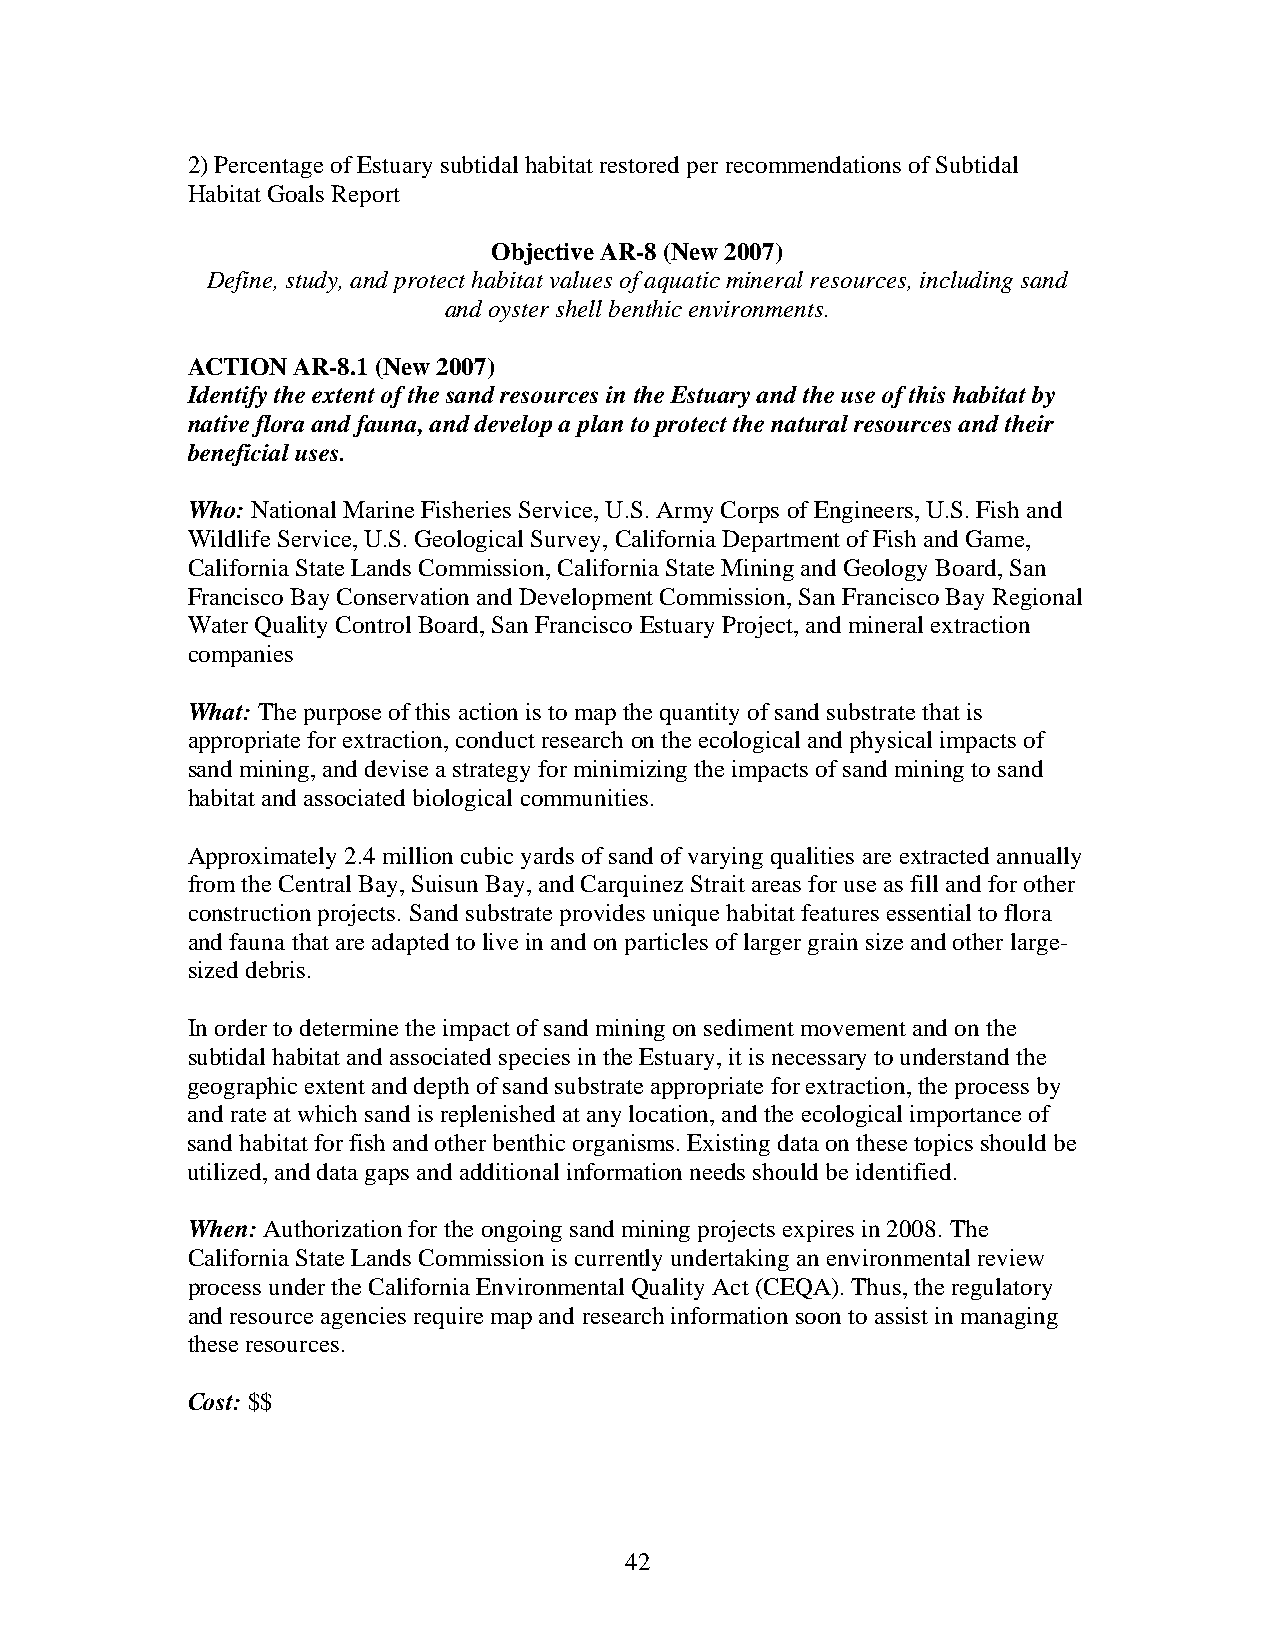
2) Percentage of Estuary subtidal habitat restored per recommendations of Subtidal
 Habitat Goals Report
 Objective AR-8 (New 2007)
 Define, study, and protect habitat values of aquatic mineral resources, including sand
 and oyster shell benthic environments.
 ACTION AR-8.1 (New 2007)
 Identify the extent of the sand resources in the Estuary and the use of this habitat by
 native flora and fauna, and develop a plan to protect the natural resources and their
 beneficial uses.
 Who: National Marine Fisheries Service, U.S. Army Corps of Engineers, U.S. Fish and
 Wildlife Service, U.S. Geological Survey, California Department of Fish and Game,
 California State Lands Commission, California State Mining and Geology Board, San
 Francisco Bay Conservation and Development Commission, San Francisco Bay Regional
 Water Quality Control Board, San Francisco Estuary Project, and mineral extraction
 companies
 What: The purpose of this action is to map the quantity of sand substrate that is
 appropriate for extraction, conduct research on the ecological and physical impacts of
 sand mining, and devise a strategy for minimizing the impacts of sand mining to sand
 habitat and associated biological communities.
 Approximately 2.4 million cubic yards of sand of varying qualities are extracted annually
 from the Central Bay, Suisun Bay, and Carquinez Strait areas for use as fill and for other
 construction projects. Sand substrate provides unique habitat features essential to flora
 and fauna that are adapted to live in and on particles of larger grain size and other large-
 sized debris.
 In order to determine the impact of sand mining on sediment movement and on the
 subtidal habitat and associated species in the Estuary, it is necessary to understand the
 geographic extent and depth of sand substrate appropriate for extraction, the process by
 and rate at which sand is replenished at any location, and the ecological importance of
 sand habitat for fish and other benthic organisms. Existing data on these topics should be
 utilized, and data gaps and additional information needs should be identified.
 When: Authorization for the ongoing sand mining projects expires in 2008. The
 California State Lands Commission is currently undertaking an environmental review
 process under the California Environmental Quality Act (CEQA). Thus, the regulatory
 and resource agencies require map and research information soon to assist in managing
 these resources.
 Cost: $$
 42